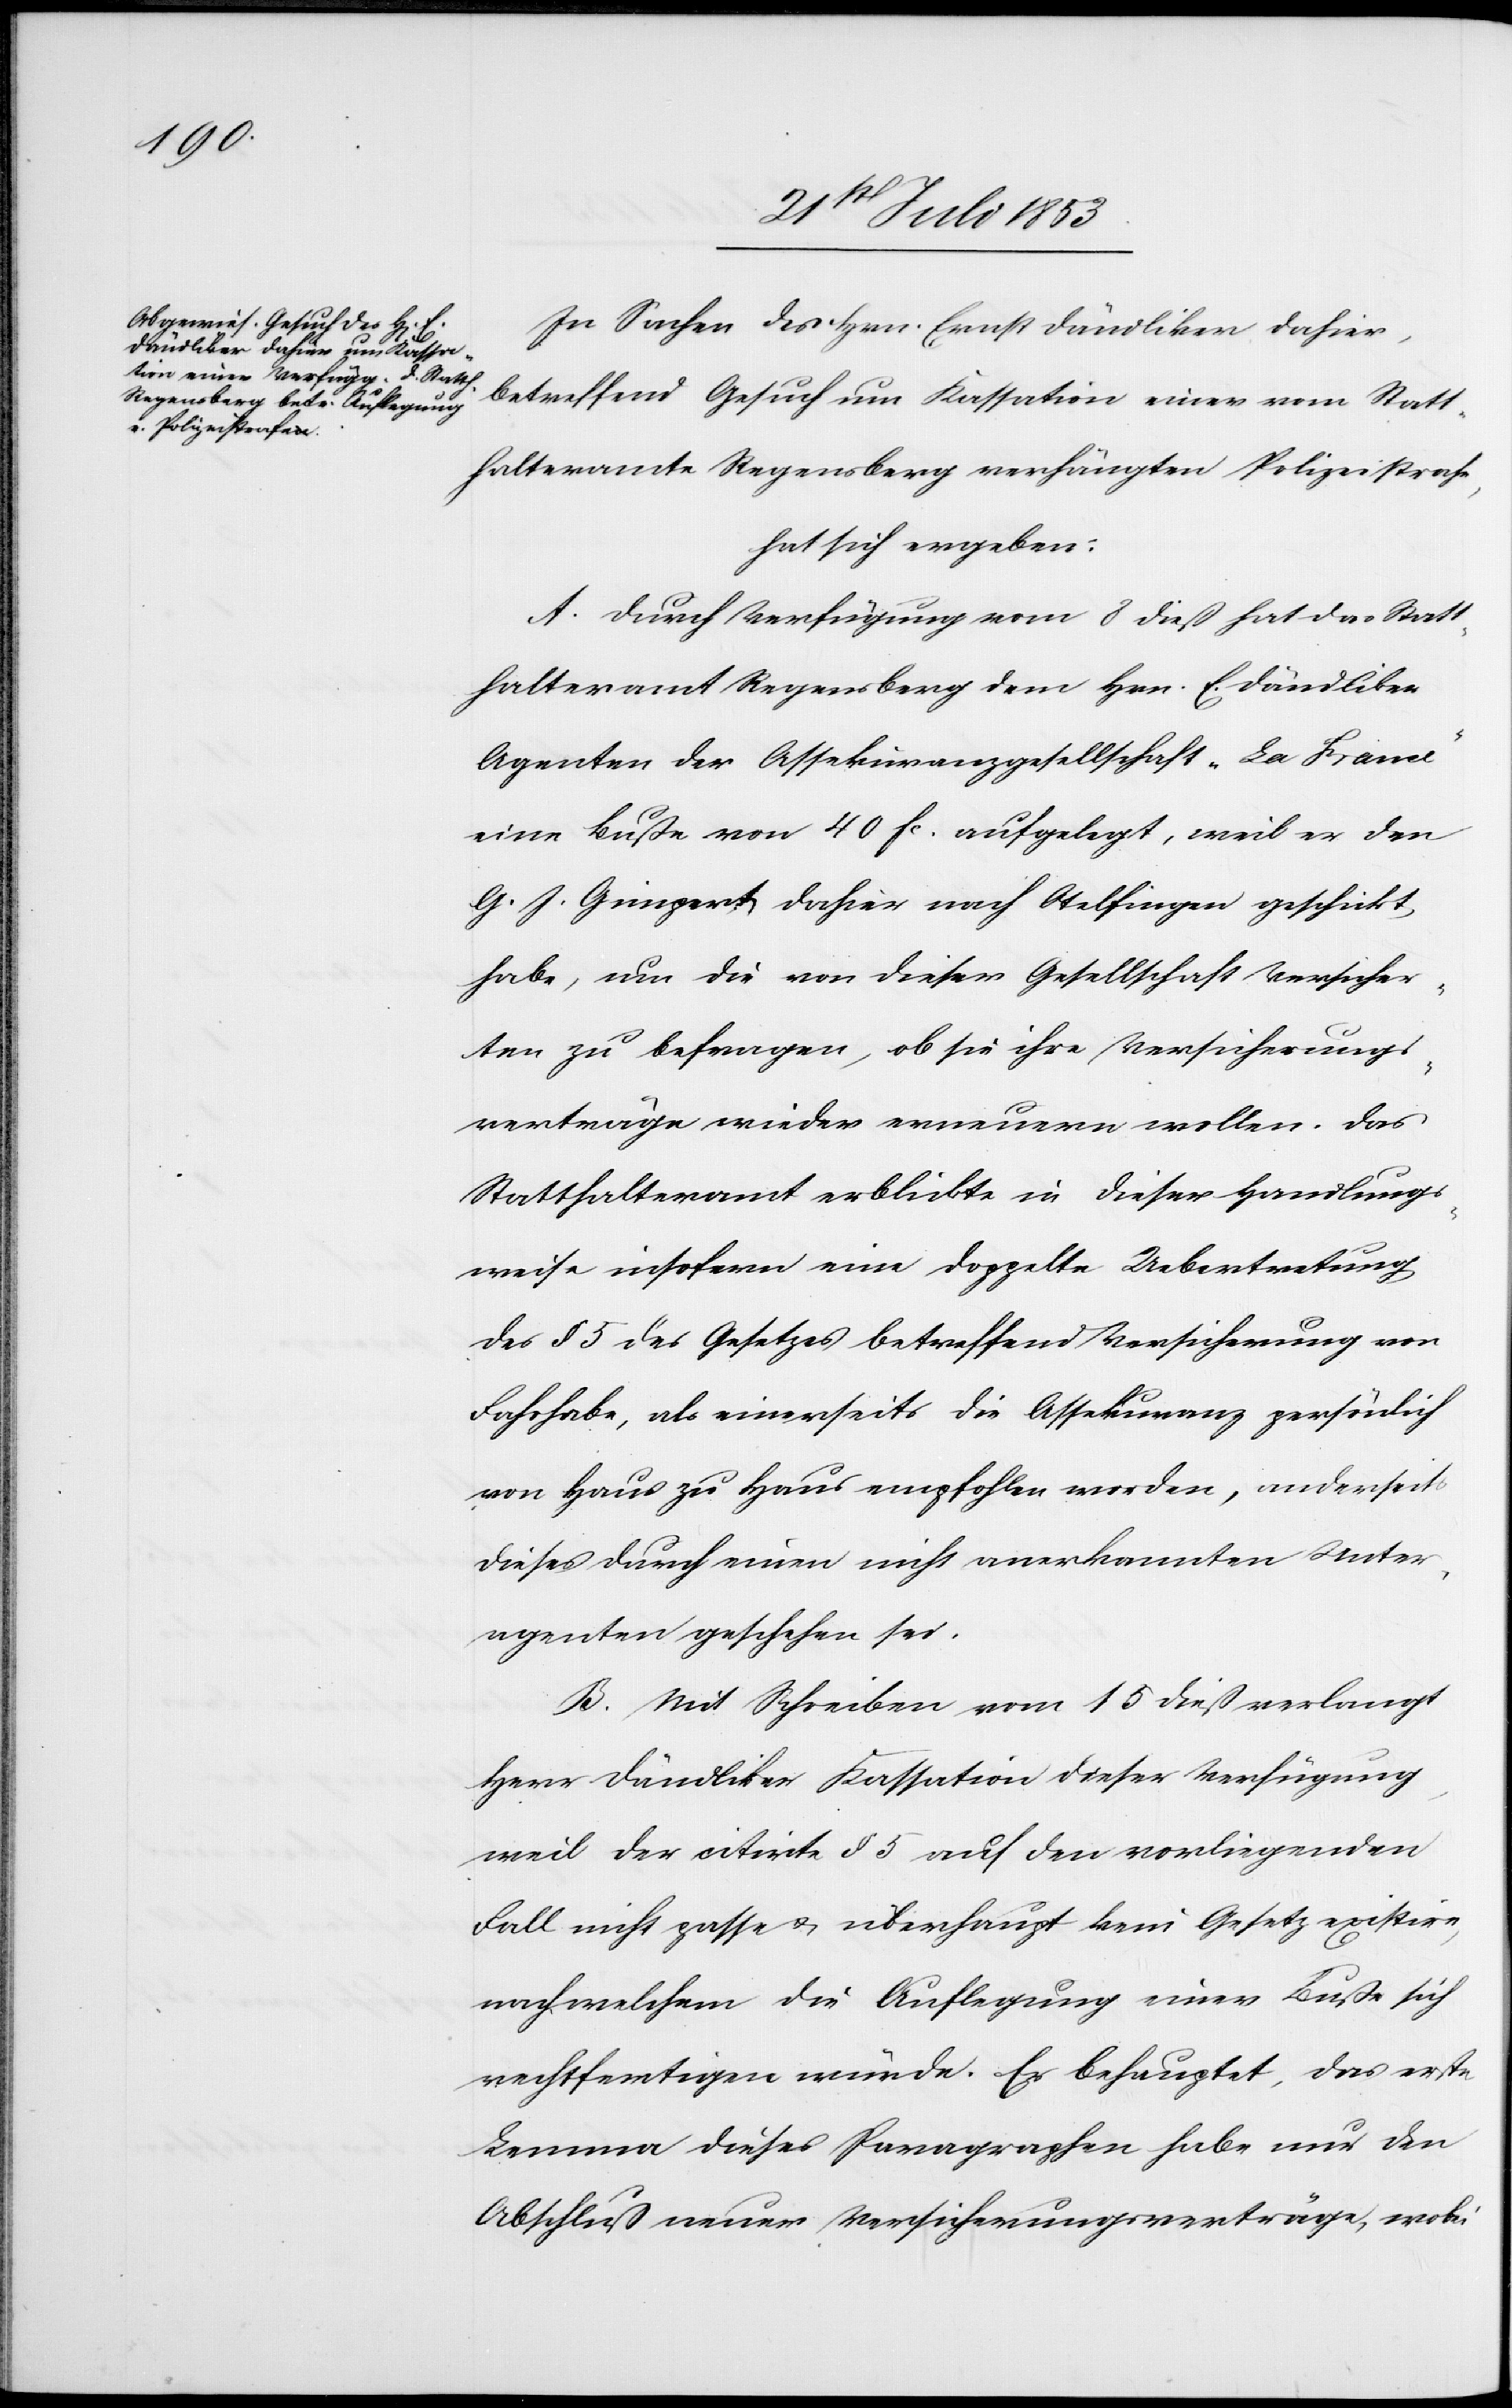
In Sachen des Hrn. Ernst Dändliker dahier,
betreffend Gesuch um Kassation einer vom Statt¬
halteramte Regensberg verhängten Polizeistrafe,
hat sich ergeben:
A. Durch Verfügung vom 8 dieß hat das Statt¬
halteramt Regensberg dem Hrn. E. Dändliker
Agenten der Assekuranzgesellschaft „La Frame“
eine Buße von 40 fc aufgelegt, weil er den
G. J. Gringert, dahier nach Otelfingen geschickt
habe, um die von dieser Gesellschaft Versicher¬
ten zu befragen, ob sie ihre Versicherungs¬
verträge wieder erneuern wollen. Das
Statthalteramt erblickte in dieser Handlungs¬
weise insofern eine doppelte Uebertragung
des § 5 des Gesetzes betreffend Versicherung von
Fahrhabe, als einerseits die Assekuranz persönlich
von Haus zu Haus empfohlen worden, anderseits
dieses durch einen nicht anerkannten Unter¬
agenten geschehen sei.
B. Mit Schreiben vom 15 dieß verlangt
Herr Dändliker Kassation dieser Verfügung,
weil der citirte § 5 auf den vorliegenden
Falle nicht passe u. überhaupt kein Gesetz exisitire,
nach welchem die Auflegung einer Buße sich
rechtfertigen würde. Er behauptet, das erste
Lemma dieses Paragraphen habe nur den
Abschluß neuer Versicherungsverträge, wobei